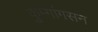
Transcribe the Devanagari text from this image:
कुम्गांगसन